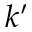
k ^ { \prime }